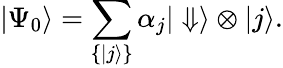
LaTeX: |\Psi_{0}\rangle=\sum_{\{ |j\rangle\} }\alpha_{j}|\Downarrow\rangle\otimes|j\rangle.